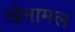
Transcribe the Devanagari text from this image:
खेमामल